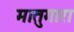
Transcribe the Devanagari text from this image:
मातुगारा